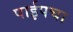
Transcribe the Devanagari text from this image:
पाईपचा